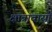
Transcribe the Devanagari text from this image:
क्षात्रावासों